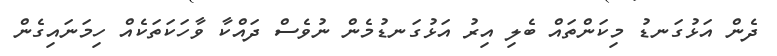
ދެން އަޅުގަނޑު މިކަންތައް ބެލި އިރު އަޅުގަނޑުމެން ނުވެސް ދައްކާ ވާހަކަތަކެއް ހިމަނައިގެން